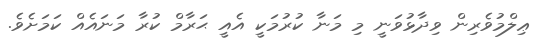
ޢިލްމުވެރިން ވިދާޅުވަނީ މި މަނާ ކުރުމަކީ އެއީ ޙަރާމް ކުރާ މަނައެއް ކަމަށެވެ.